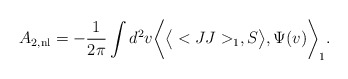
\begin{align*}A_{2, {\rm nl}} = -{1\over 2\pi}\int d^2 v\bigg< \big<<JJ>_1, S\big>, \Psi (v)\bigg>_1.\end{align*}